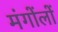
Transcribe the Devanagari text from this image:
मंगोंलों